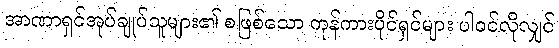
အာဏာရှင်အုပ်ချုပ်သူများ၏ စဖြစ်သော ကုန်ကားပိုင်ရှင်များ ပါဝင်လိုလျှင်